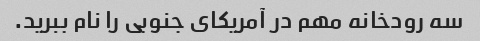
سه رودخانه مهم در آمریکای جنوبی را نام ببرید.